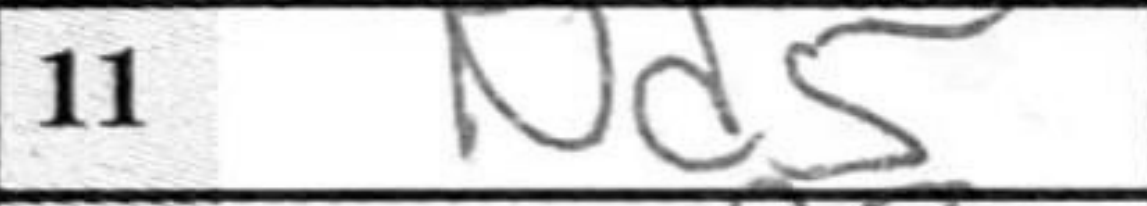
Transcription: Nd5